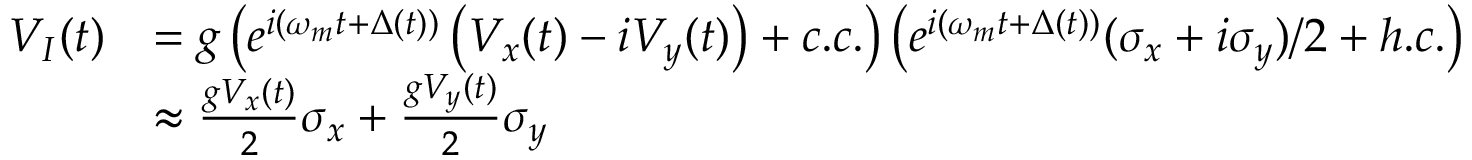
\begin{array} { r l } { V _ { I } ( t ) } & { = g \left( e ^ { i \left( \omega _ { m } t + \Delta ( t ) \right) } \left( V _ { x } ( t ) - i V _ { y } ( t ) \right) + c . c . \right) \left( e ^ { i ( \omega _ { m } t + \Delta ( t ) ) } ( \sigma _ { x } + i \sigma _ { y } ) / 2 + h . c . \right) } \\ & { \approx \frac { g V _ { x } ( t ) } { 2 } \sigma _ { x } + \frac { g V _ { y } ( t ) } { 2 } \sigma _ { y } } \end{array}